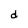
Character: d